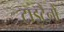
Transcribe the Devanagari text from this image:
टाइटैनों